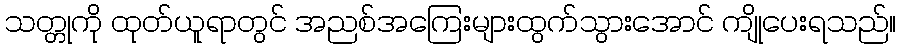
သတ္တုကို ထုတ်ယူရာတွင် အညစ်အကြေးများထွက်သွားအောင် ကျိုပေးရသည်။